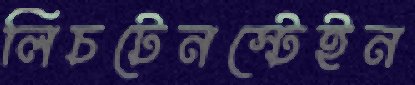
লিচটেনস্টেইন